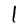
Character: l